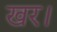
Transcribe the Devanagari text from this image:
खर।